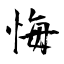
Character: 悔